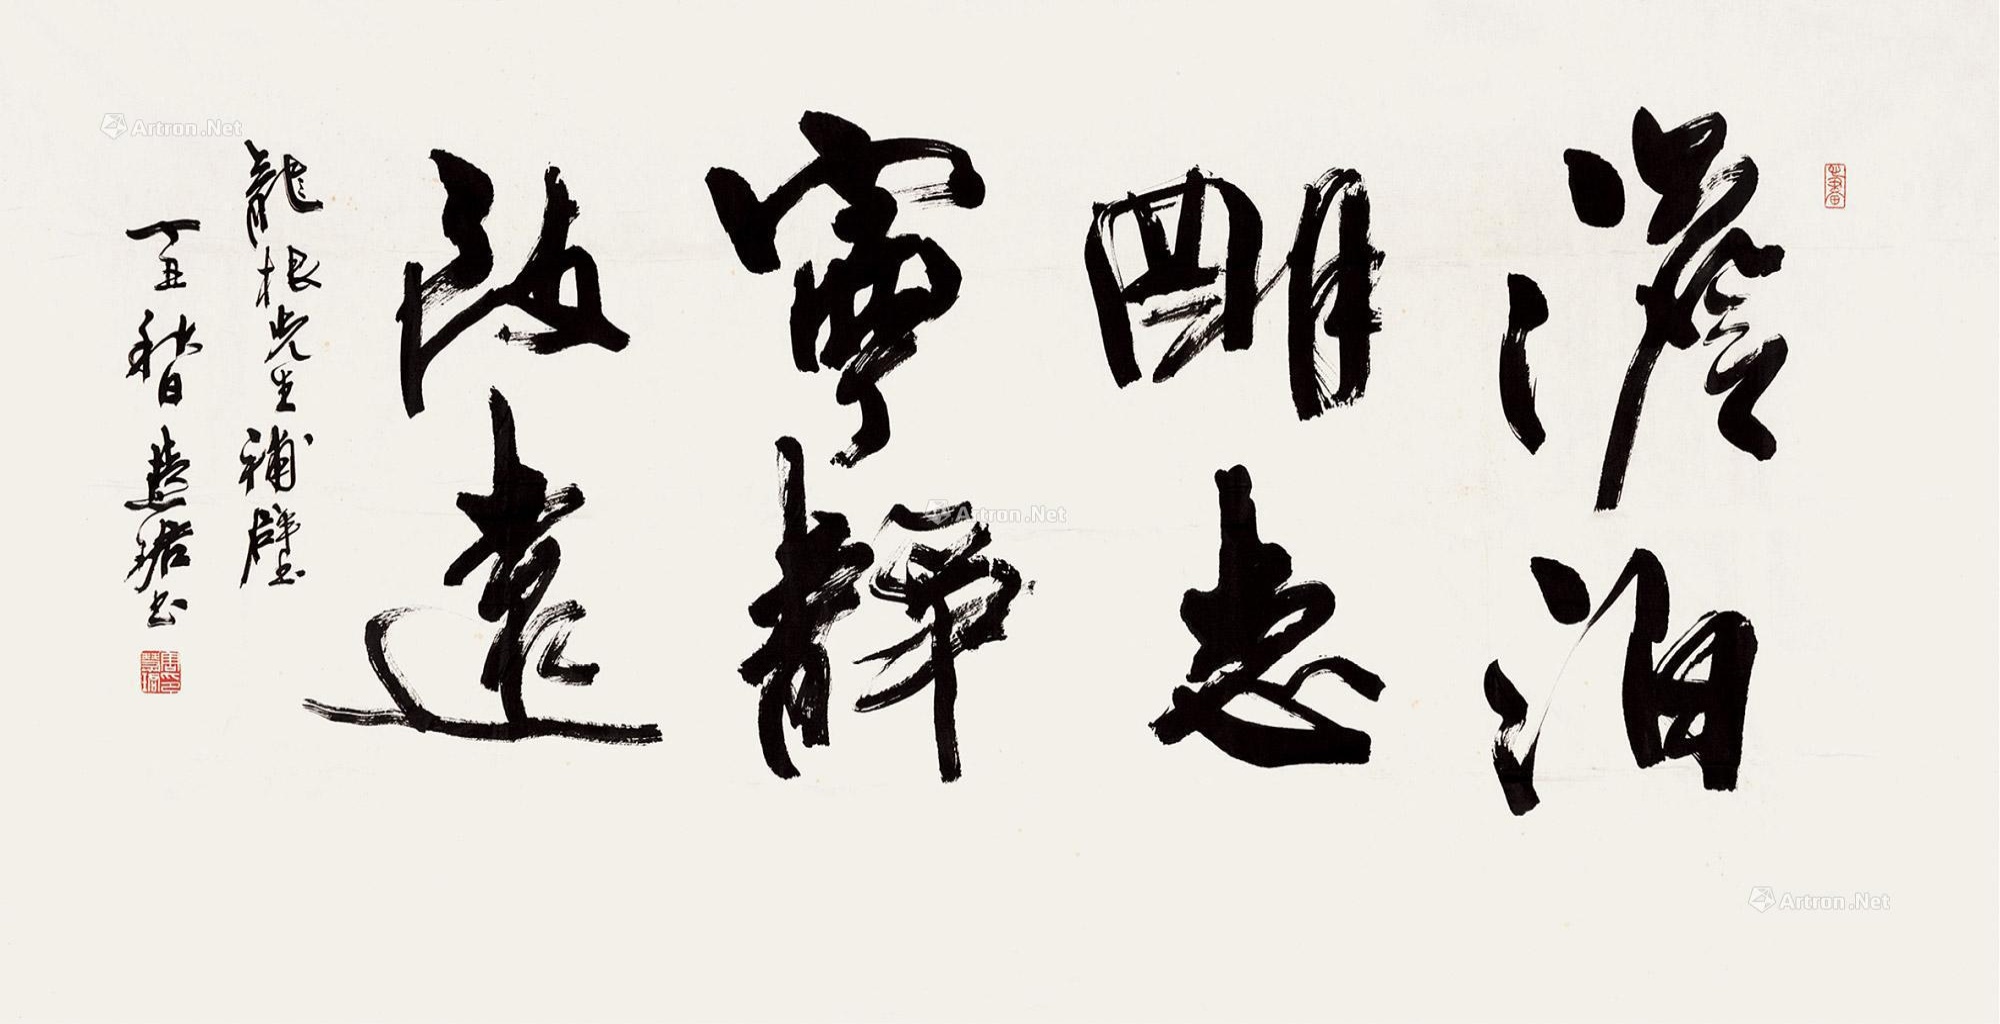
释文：淡泊明志，宁静致远。龙根先生补壁，丁丑秋日，慧珺书。